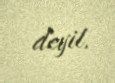
deyil.